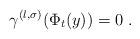
LaTeX: \begin{align*} \gamma^{(l, \sigma)} (\Phi_t(y)) = 0 \; . \end{align*}